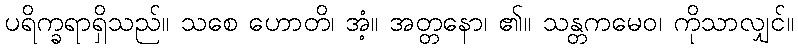
ပရိက္ခရာရှိသည်။ သစေ ဟောတိ၊ အံ့။ အတ္တနော၊ ၏။ သန္တကမေဝ၊ ကိုသာလျှင်။